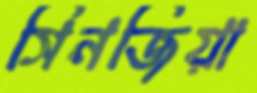
সিনজিয়া